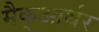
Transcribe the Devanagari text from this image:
मैक्‌आर्थर